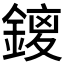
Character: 𮢥